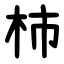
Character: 柿